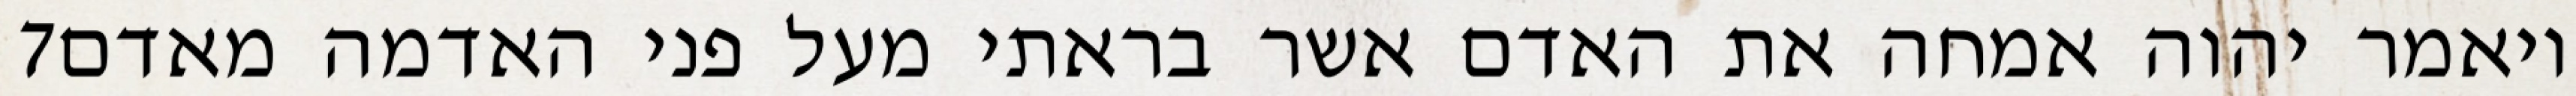
‎7‏ ויאמר יהוה אמחה את האדם אשר בראתי מעל פני האדמה מאדם